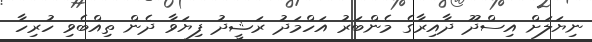
ނިޔަލަށް އިސްދޫ ދާއިރާގެ މެންބަރު އަހްމަދު ރަޝީދު ފިޔަވާ ދެން ތިއްބެވި ހުރިހާ